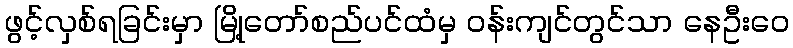
ဖွင့်လှစ်ရခြင်းမှာ မြို့တော်စည်ပင်ထံမှ ဝန်းကျင်တွင်သာ နေဦးဝေ